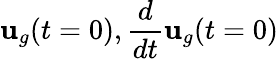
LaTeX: {\mathbf u}_{g}(t=0),\frac{d}{dt}{\mathbf u}_{g}(t=0)